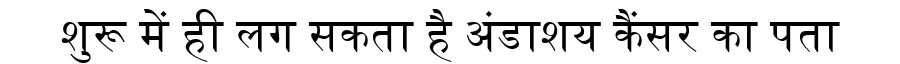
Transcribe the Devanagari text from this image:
शुरू में ही लग सकता है अंडाशय कैंसर का पता